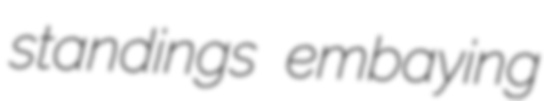
standings embaying